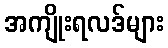
အကျိုးရလဒ်များ